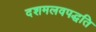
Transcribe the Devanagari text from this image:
दशमलवपद्धति